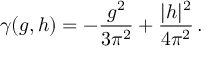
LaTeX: \gamma ( g , h ) = - \frac { g ^ { 2 } } { 3 \pi ^ { 2 } } + \frac { | h | ^ { 2 } } { 4 \pi ^ { 2 } } \, .